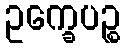
ဥက္ခေပဉ္စ